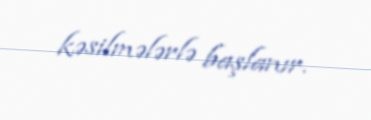
kəsilmələrlə başlanır.